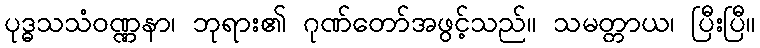
ပုဒ္ဓသသံဝဏ္ဏနာ၊ ဘုရား၏ ဂုဏ်တော်အဖွင့်သည်။ သမတ္တာယ၊ ပြီးပြီ။